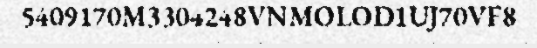
5409170M3304248VNMOLOD1UJ70VF8